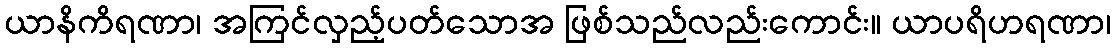
ယာနိကိရဏာ၊ အကြင်လှည့်ပတ်သောအ ဖြစ်သည်လည်းကောင်း။ ယာပရိဟရဏာ၊